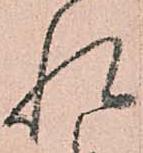
れ